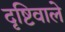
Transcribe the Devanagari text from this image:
दृष्टिवाले